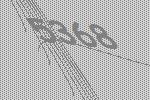
5368